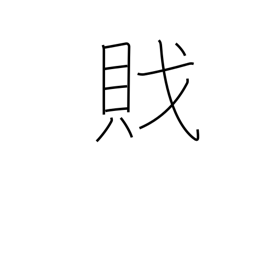
Meaning: pirate